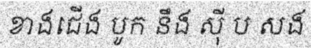
ខាងជើង បូក នឹង ស៊ី ប សង